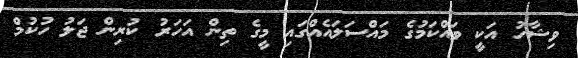
ވިޝާހު އަކީ ވައްކަމުގެ މައްސަލައެއްގައި މީގެ ތިން އަހަރު ކުރިން ޖަލު ހުކުމް